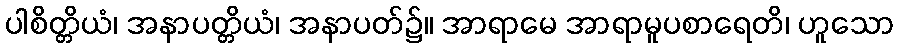
ပါစိတ္တိယံ၊ အနာပတ္တိယံ၊ အနာပတ်၌။ အာရာမေ အာရာမူပစာရေတိ၊ ဟူသော